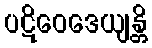
ပဋိဝေဒေယျန္တိ